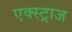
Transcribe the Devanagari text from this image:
एक्स्ट्राज